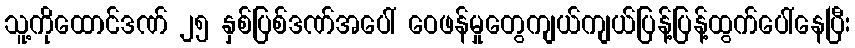
သူ့ကိုထောင်ဒဏ် ၂၅ နှစ်ပြစ်ဒဏ်အပေါ် ဝေဖန်မှုတွေကျယ်ကျယ်ပြန့်ပြန့်ထွက်ပေါ်နေပြီး